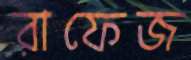
রাফেজ